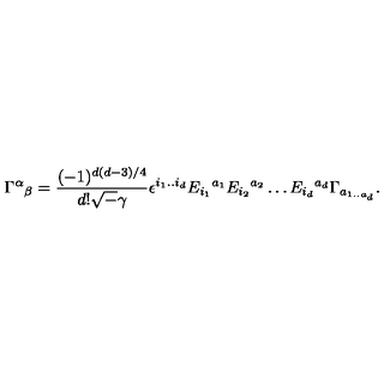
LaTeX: \Gamma ^ { \alpha } { } _ { \beta } = \frac { ( - 1 ) ^ { d ( d - 3 ) / 4 } } { d ! { \sqrt - \gamma } } \epsilon ^ { i _ { 1 } . . i _ { d } } E _ { i _ { 1 } } { } ^ { a _ { 1 } } E _ { i _ { 2 } } { } ^ { a _ { 2 } } \ldots E _ { i _ { d } } { } ^ { a _ { d } } \Gamma _ { a _ { 1 . . a { _ d } } } .